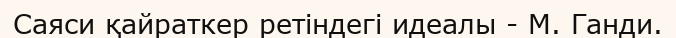
Саяси қайраткер ретіндегі идеалы - М. Ганди.